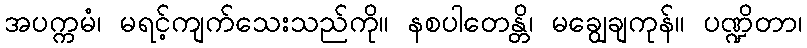
အပက္ကမံ၊ မရင့်ကျက်သေးသည်ကို။ နစပါတေန္တိ၊ မချွေချကုန်။ ပဏ္ဍိတာ၊